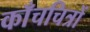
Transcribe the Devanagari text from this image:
काँचचित्रों